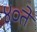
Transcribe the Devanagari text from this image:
४०ते